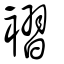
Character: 褶